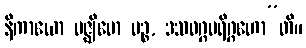
နိကာယော မဇ္ဈိမော ပဉ္စ, ဒသဝဂ္ဂပရိဂ္ဂဟော”တိ။